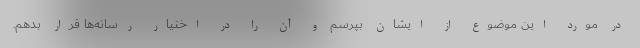
در مورد این موضوع از ایشان بپرسم و آن را در اختیار رسانه‌ها قرار بدهم.